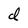
Character: d